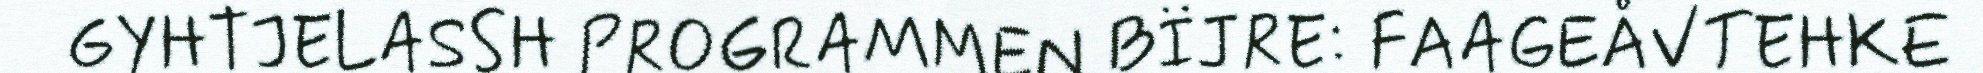
GYHTJELASSH PROGRAMMEN BÏJRE: FAAGEÅVTEHKE